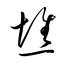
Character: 憔